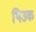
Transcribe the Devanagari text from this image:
थिउक